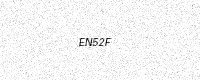
Text: EN52F